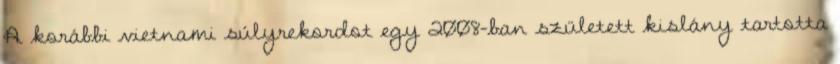
A korábbi vietnami súlyrekordot egy 2008-ban született kislány tartotta